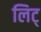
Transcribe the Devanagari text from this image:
लिट्‌